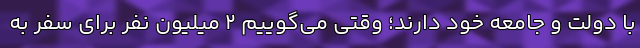
با دولت و جامعه خود دارند؛ وقتی می‌گوییم ۲ میلیون نفر برای سفر به